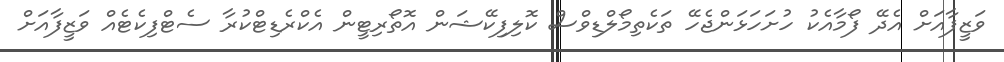
ވަޒީފާއަށް އެދޭ ފޯމާއެކު ހުށަހަޅަންޖެހޭ ތަކެތިމޯލްޑިވްސް ކޮލިފިކޭޝަން އޮތޯރިޓީން އެކްރެޑިޓްކުރާ ސެޓްފިކެޓެއް ވަޒީފާއަށް